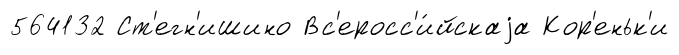
564132 Ст'егн'ишино Вс'еросс'и́йскаjа Кор'еньк'и